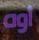
أوه